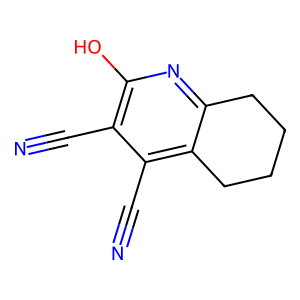
SMILES: N#Cc1c(O)nc2c(c1C#N)CCCC2
Inhibits HIV replication: No